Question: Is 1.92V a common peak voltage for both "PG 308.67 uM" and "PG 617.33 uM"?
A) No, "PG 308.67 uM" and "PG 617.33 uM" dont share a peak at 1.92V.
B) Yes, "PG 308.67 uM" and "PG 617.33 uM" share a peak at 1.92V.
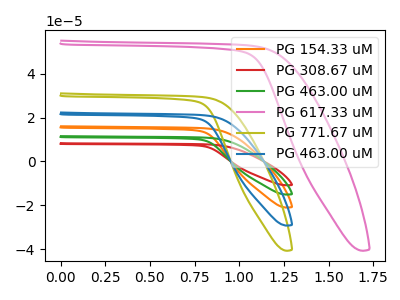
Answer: <think>The orange curve "PG 154.33 uM" has no peaks. The red curve "PG 308.67 uM" has no peaks. The green curve "PG 463.00 uM" has no peaks. The pink curve "PG 617.33 uM" has no peaks. The olive curve "PG 771.67 uM" has no peaks. The blue curve "PG 463.00 uM" has no peaks.</think>
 <answer>A) No, "PG 308.67 uM" and "PG 617.33 uM" dont share a peak at 1.92V.</answer>
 <eval>A</eval>